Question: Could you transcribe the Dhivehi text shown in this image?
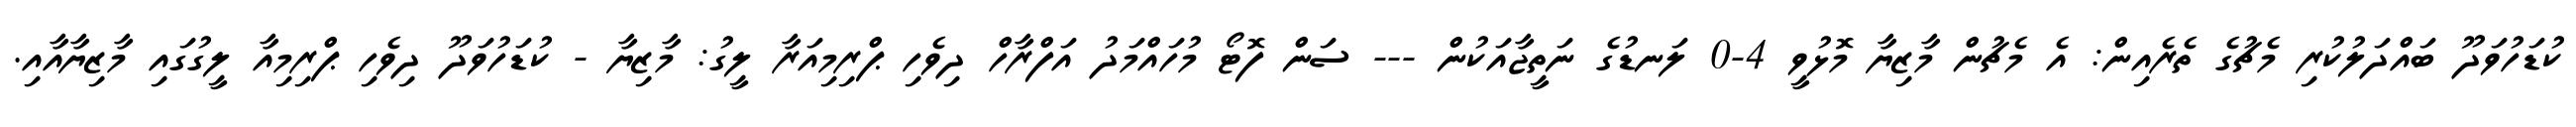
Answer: ކުޑަހުވަދޫ ބައްދަލުކުރި މެޗުގެ ތެރެއިން: އެ މެޗުން މާޒިޔާ މޮޅުވީ 4-0 ލަނޑުގެ ނަތީޖާއަކުން --- ސަން ފޮޓޯ މުހައްމަދު އަފްރާހް ދިވެހި ޕްރިމިއަރާ ލީގު: މާޒިޔާ - ކުޑަހުވަދޫ ދިވެހި ޕްރިމިއާ ލީގުގައި މާޒިޔާއާއި.